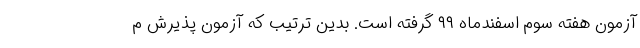
آزمون هفته سوم اسفندماه ۹۹ گرفته است. بدین ترتیب که آزمون پذیرش م